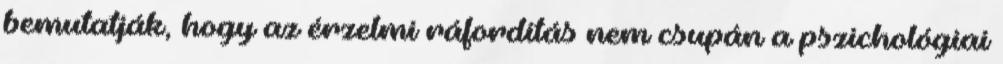
bemutatják, hogy az érzelmi ráfordítás nem csupán a pszichológiai